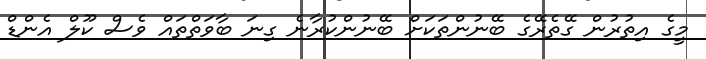
މީގެ އިތުުރުން ގޭތެރޭގެ ބޭނުންތަކަށް ބޭނުންކުރާނެ ގިނަ ބާވަތްތައް ވެސް ކޫލް އެންޑް